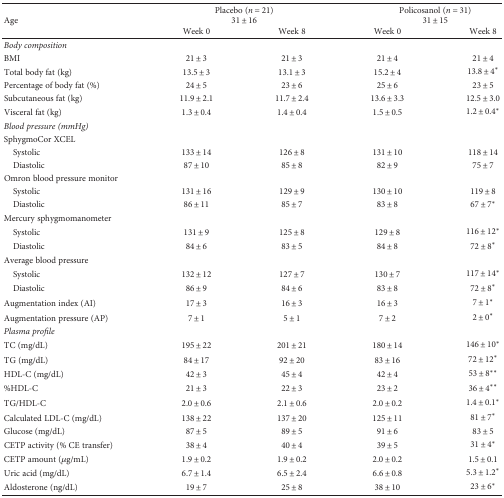
<table><thead><tr><td></td><td colspan="2"><b>Placebo (<i>n</i> = 21)</b></td><td colspan="2"><b>Policosanol (<i>n</i> = 31)</b></td></tr><tr><td><b>Age</b></td><td colspan="2"><b>31 ± 16</b></td><td colspan="2"><b>31 ± 15</b></td></tr><tr><td></td><td><b>Week 0</b></td><td><b>Week 8</b></td><td><b>Week 0</b></td><td><b>Week 8</b></td></tr></thead><tbody><tr><td><i>Body composition</i></td><td></td><td></td><td></td><td></td></tr><tr><td>BMI</td><td>21 ± 3</td><td>21 ± 3</td><td>21 ± 4</td><td>21 ± 4</td></tr><tr><td>Total body fat (kg)</td><td>13.5 ± 3</td><td>13.1 ± 3</td><td>15.2 ± 4</td><td>13.8 ± 4<sup>∗</sup></td></tr><tr><td>Percentage of body fat (%)</td><td>24 ± 5</td><td>23 ± 6</td><td>25 ± 6</td><td>23 ± 5</td></tr><tr><td>Subcutaneous fat (kg)</td><td>11.9 ± 2.1</td><td>11.7 ± 2.4</td><td>13.6 ± 3.3</td><td>12.5 ± 3.0</td></tr><tr><td>Visceral fat (kg)</td><td>1.3 ± 0.4</td><td>1.4 ± 0.4</td><td>1.5 ± 0.5</td><td>1.2 ± 0.4<sup>∗</sup></td></tr><tr><td><i>Blood pressure (mmHg)</i></td><td></td><td></td><td></td><td></td></tr><tr><td>SphygmoCor XCEL</td><td></td><td></td><td></td><td></td></tr><tr><td> Systolic</td><td>133 ± 14</td><td>126 ± 8</td><td>131 ± 10</td><td>118 ± 14</td></tr><tr><td> Diastolic</td><td>87 ± 10</td><td>85 ± 8</td><td>82 ± 9</td><td>75 ± 7</td></tr><tr><td>Omron blood pressure monitor</td><td></td><td></td><td></td><td></td></tr><tr><td> Systolic</td><td>131 ± 16</td><td>129 ± 9</td><td>130 ± 10</td><td>119 ± 8</td></tr><tr><td> Diastolic</td><td>86 ± 11</td><td>85 ± 7</td><td>83 ± 8</td><td>67 ± 7<sup>∗</sup></td></tr><tr><td>Mercury sphygmomanometer</td><td></td><td></td><td></td><td></td></tr><tr><td> Systolic</td><td>131 ± 9</td><td>125 ± 8</td><td>129 ± 8</td><td>116 ± 12<sup>∗</sup></td></tr><tr><td> Diastolic</td><td>84 ± 6</td><td>83 ± 5</td><td>84 ± 8</td><td>72 ± 8<sup>∗</sup></td></tr><tr><td>Average blood pressure</td><td></td><td></td><td></td><td></td></tr><tr><td> Systolic</td><td>132 ± 12</td><td>127 ± 7</td><td>130 ± 7</td><td>117 ± 14<sup>∗</sup></td></tr><tr><td> Diastolic</td><td>86 ± 9</td><td>84 ± 6</td><td>83 ± 8</td><td>72 ± 8<sup>∗</sup></td></tr><tr><td>Augmentation index (AI)</td><td>17 ± 3</td><td>16 ± 3</td><td>16 ± 3</td><td>7 ± 1<sup>∗</sup></td></tr><tr><td>Augmentation pressure (AP)</td><td>7 ± 1</td><td>5 ± 1</td><td>7 ± 2</td><td>2 ± 0<sup>∗</sup></td></tr><tr><td><i>Plasma profile</i></td><td></td><td></td><td></td><td></td></tr><tr><td>TC (mg/dL)</td><td>195 ± 22</td><td>201 ± 21</td><td>180 ± 14</td><td>146 ± 10<sup>∗</sup></td></tr><tr><td>TG (mg/dL)</td><td>84 ± 17</td><td>92 ± 20</td><td>83 ± 16</td><td>72 ± 12<sup>∗</sup></td></tr><tr><td>HDL-C (mg/dL)</td><td>42 ± 3</td><td>45 ± 4</td><td>42 ± 4</td><td>53 ± 8<sup>∗∗</sup></td></tr><tr><td>%HDL-C</td><td>21 ± 3</td><td>22 ± 3</td><td>23 ± 2</td><td>36 ± 4<sup>∗∗</sup></td></tr><tr><td>TG/HDL-C</td><td>2.0 ± 0.6</td><td>2.1 ± 0.6</td><td>2.0 ± 0.2</td><td>1.4 ± 0.1<sup>∗</sup></td></tr><tr><td>Calculated LDL-C (mg/dL)</td><td>138 ± 22</td><td>137 ± 20</td><td>125 ± 11</td><td>81 ± 7<sup>∗</sup></td></tr><tr><td>Glucose (mg/dL)</td><td>87 ± 5</td><td>89 ± 5</td><td>91 ± 6</td><td>83 ± 5</td></tr><tr><td>CETP activity (% CE transfer)</td><td>38 ± 4</td><td>40 ± 4</td><td>39 ± 5</td><td>31 ± 4<sup>∗</sup></td></tr><tr><td>CETP amount (<i>μ</i>g/mL)</td><td>1.9 ± 0.2</td><td>1.9 ± 0.2</td><td>2.0 ± 0.2</td><td>1.5 ± 0.1</td></tr><tr><td>Uric acid (mg/dL)</td><td>6.7 ± 1.4</td><td>6.5 ± 2.4</td><td>6.6 ± 0.8</td><td>5.3 ± 1.2<sup>∗</sup></td></tr><tr><td>Aldosterone (ng/dL)</td><td>19 ± 7</td><td>25 ± 8</td><td>38 ± 10</td><td>23 ± 6<sup>∗</sup></td></tr></tbody></table>